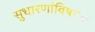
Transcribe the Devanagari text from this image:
सुधारणांविषयक